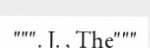
""". J. , The"""